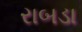
રાબડા